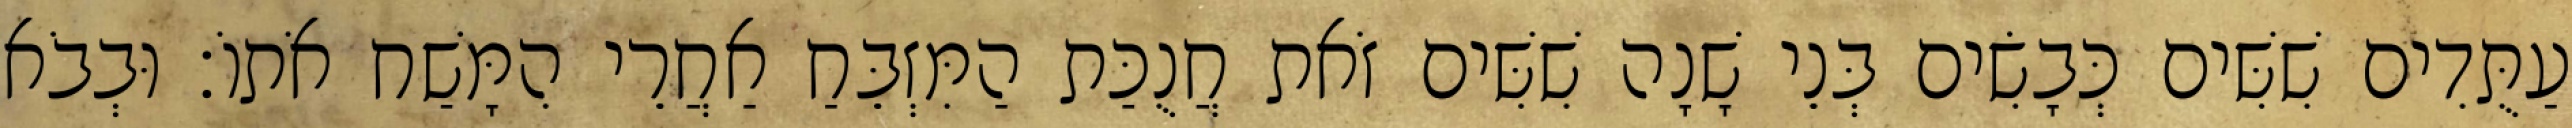
עַתֻּדִים שִׁשִּׁים כְּבָשִׂים בְּנֵי שָׁנָה שִׁשִּׁים זֹאת חֲנֻכַּת הַמִּזְבֵּחַ אַחֲרֵי הִמָּשַׁח אֹתוֹ׃ וּבְבֹא